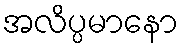
အလိပ္ပမာနော